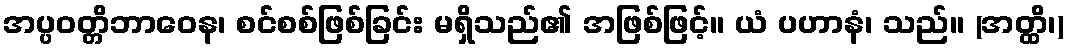
အပ္ပဝတ္တိဘာဝေန၊ စင်စစ်ဖြစ်ခြင်း မရှိသည်၏ အဖြစ်ဖြင့်။ ယံ ပဟာနံ၊ သည်။ (အတ္ထိ၊)